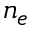
n _ { e }